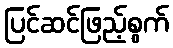
ပြင်ဆင်ဖြည့်စွက်